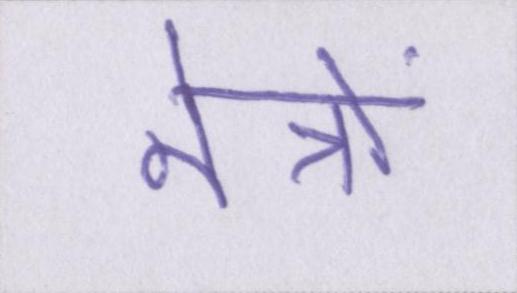
नेत्रों